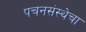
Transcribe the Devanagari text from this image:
पचनसंस्थेचा